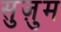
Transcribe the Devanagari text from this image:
सुज़ुम